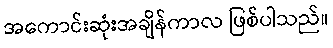
အကောင်းဆုံးအချိန်ကာလ ဖြစ်ပါသည်။